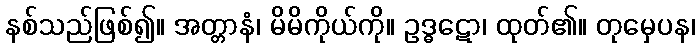
နစ်သည်ဖြစ်၍။ အတ္တာနံ၊ မိမိကိုယ်ကို။ ဥဒ္ဓဋော၊ ထုတ်၏။ တုမှေပန၊